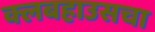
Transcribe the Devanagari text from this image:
क्लबहाउसचा